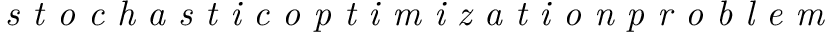
\emph { s t o c h a s t i c o p t i m i z a t i o n p r o b l e m }